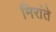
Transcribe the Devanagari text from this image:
मिरांते